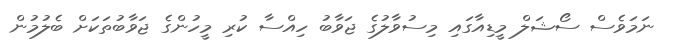
ނަމަވެސް ސޯޝަލް މީޑިއާގައި މިސުވާލުގެ ޖަވާބު ހިއްސާ ކުރި މީހުންގެ ޖަވާބުތަކަށް ބެލުމުން